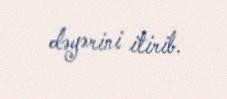
dəyərini itirib.